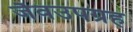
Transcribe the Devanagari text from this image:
जैवउपग्रह